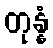
တုန္နံ